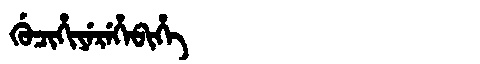
Manchu: ᡤᡠᠴᡳᡥᡳᠶᡝᡵᡝᡥᡝᠪᡳᡥᡝ
Romanization: GUCIHIYEREHEBIHE